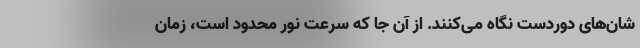
شان‌های دوردست نگاه می‌کنند. از آن جا که سرعت نور محدود است، زمان